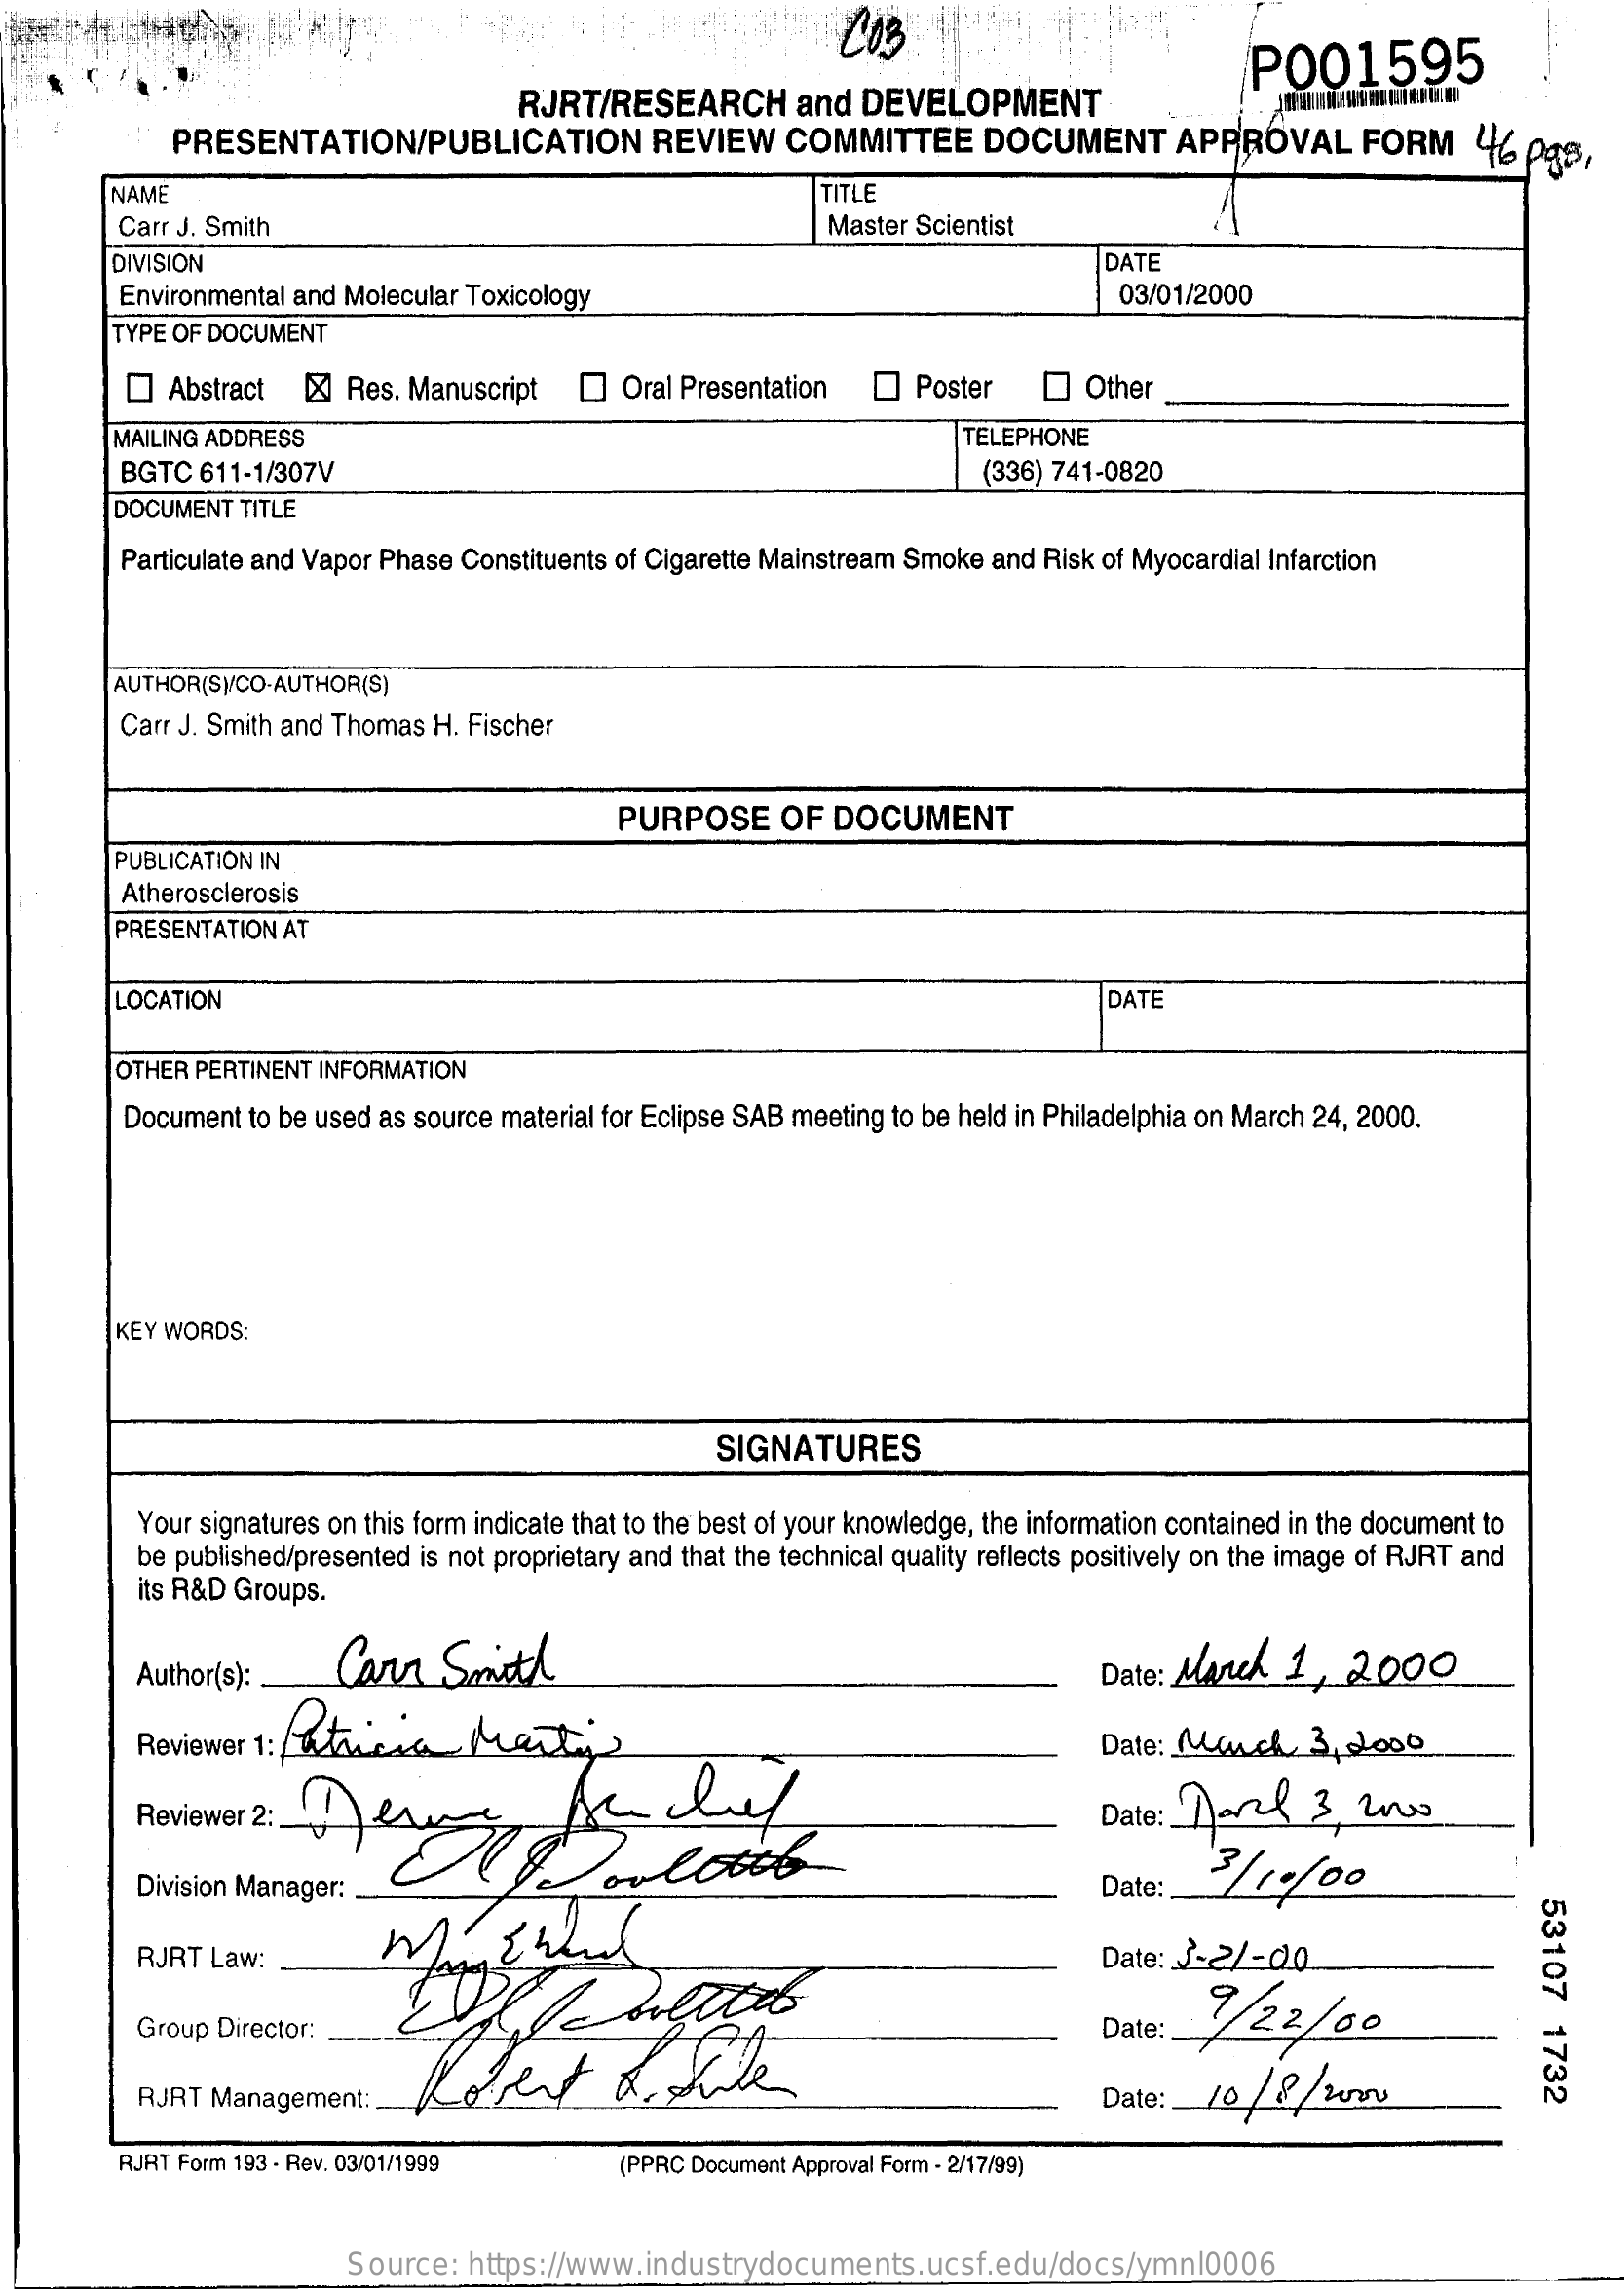
COS
     P001595
     RJRT/RESEARCH    and  DEVELOPMENT
     PRESENTATION/PUBLICATION    REVIEW    COMMITTEE    DOCUMENT    APPROVAL    FORM    46  pas,
     NAME    TITLE
     Carr J. Smith    Master Scientist
     DIVISION    DATE
     Environmental and Molecular Toxicology    03/01/2000
     TYPE OF DOCUMENT
     Abstract  [X] Res. Manuscript    Oral Presentation    Poster    Other
     MAILING ADDRESS    TELEPHONE
     BGTC  611-1/307V    (336) 741-0820
     DOCUMENT  TITLE
     Particulate and Vapor Phase Constituents of Cigarette Mainstream Smoke and Risk of Myocardial Infarction
     AUTHOR(SV/CO-AUTHOR(S)
     Carr J. Smith and Thomas H. Fischer
     PURPOSE    OF DOCUMENT
     PUBLICATION IN
     Atherosclerosis
     PRESENTATION AT
     LOCATION    DATE
     OTHER PERTINENT INFORMATION
     Document to be used as source material for Eclipse SAB meeting to be held in Philadelphia on March 24, 2000.
     KEY WORDS:
     SIGNATURES
     Your signatures on this form indicate that to the best of your knowledge, the information contained in the document to
     its R&D Groups.
     be published/presented is not proprietary and that the technical quality reflects positively on the image of RJRT and
     Author(s):    Carr   Smith    Date: March  1,   2000
     Reviewer 1: / ataicia   tasty    Date: March    3 , 2000
     Reviewer 2:    eAs    df    Date: Dor    3   www
     Division Manager:    3/14/00 Date:
     53107
     1732
     RJRT Law:    Date: 3-2/-do
     Group Director:    9/22   /00 Date:
     RJRT Management: ..    Date:  10 / 8/2ou
     RJRT Form 193 - Rev. 03/01/1999    (PPRC Document Approval Form - 2/17/99)
     Source:  https://www.industrydocuments.ucsf.edu/docs/ymnl0006